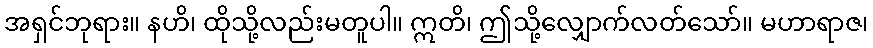
အရှင်ဘုရား။ နဟိ၊ ထိုသို့လည်းမတူပါ။ ဣတိ၊ ဤသို့လျှောက်လတ်သော်။ မဟာရာဇ၊